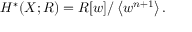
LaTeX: H ^ { * } ( X ; R ) = R [ w ] / \left\langle w ^ { n + 1 } \right\rangle .